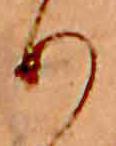
り